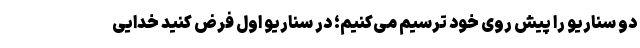
دو سناریو را پیش روی خود ترسیم می‌کنیم؛ در سناریو اول فرض کنید خدایی